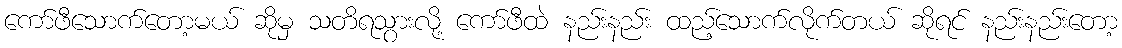
ကော်ဖီသောက်တော့မယ် ဆိုမှ သတိရသွားလို့ ကော်ဖီထဲ နည်းနည်း ထည့်သောက်လိုက်တယ် ဆိုရင် နည်းနည်းတော့